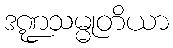
ဒဏ္ဍသမ္မုတိယာ